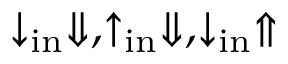
{ \downarrow _ { \mathrm { i n } } \Downarrow , } { \uparrow _ { \mathrm { i n } } \Downarrow , } { \downarrow _ { \mathrm { i n } } \Uparrow }